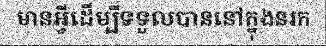
មានអ្វីដើម្បីទទួលបាននៅក្នុងនរក